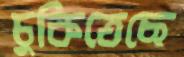
চুকিতেছে